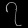
Digit: ၇